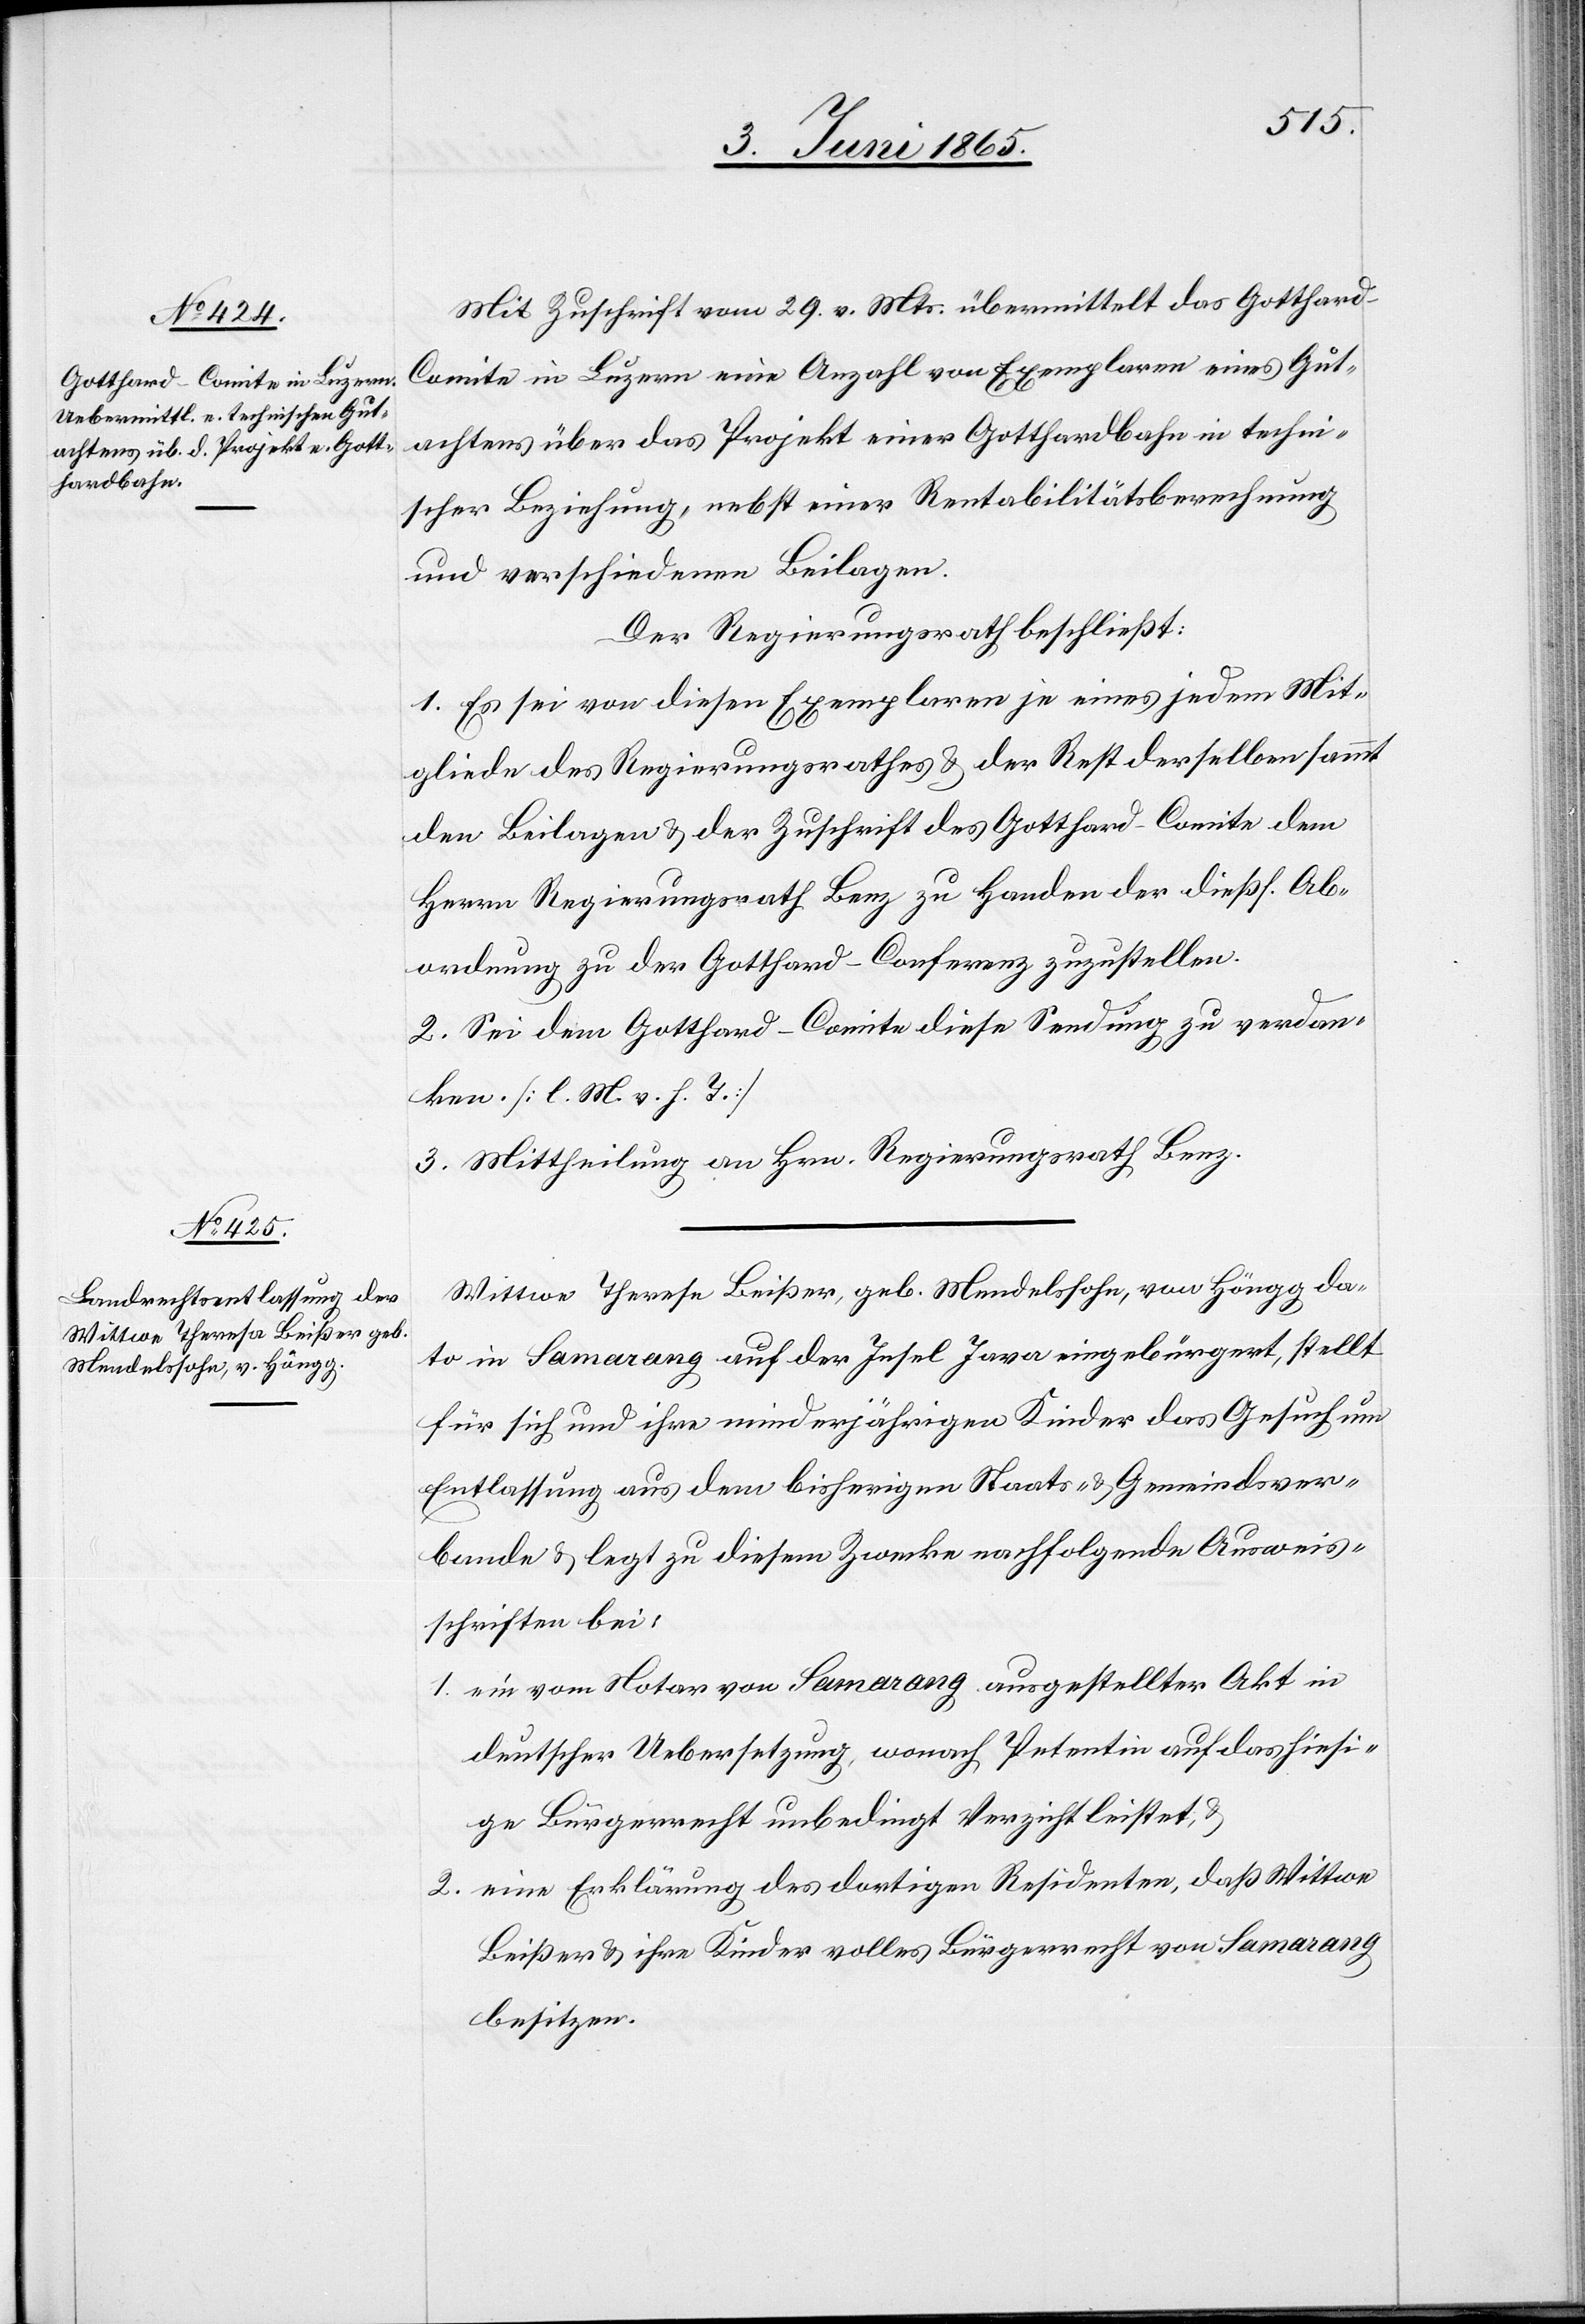
Mit Zuschrift vom 29. v. Mts. übermittelt das Gotthar¬
d-Comite in Luzern eine Anzahl von Exemplaren eines Gut¬
achtens über das Projekt einer Gotthardbahn in techni¬
scher Beziehung, nebst einer Rentabilitätsberechnung
und verschiedenen Beilagen.
Der Regierungsrath beschließt:
1. Es sei von diesen Exemplaren je eines jedem Mit¬
gliede des Regierungsrathes & der Rest derselben sammt
den Beilagen & der Zuschrift des Gotthard-Comite dem
Herrn Regierungsrath Benz zu Handen der dießf. Ab¬
ordnung zu der Gotthard-Conferenz zuzustellen.
2. Sei dem Gotthard-Comite diese Sendung zu verdan¬
ken. [l. M. v. h. T.]
3. Mittheilung an Hrn. Regierungsrath Benz.
Wittwe Theresa Beißer, geb. Mendelssohn, von Höngg da¬
to in Samarang auf der Insel Java eingebürgert, stellt
für sich und ihre minderjährigen Kinder das Gesuch um
Entlassung aus dem bisherigen Staats- & Gemeindsver¬
bande & legt zu diesem Zwecke nachfolgende Ausweis¬
schriften bei:
1. ein vom Notar von Samarang ausgestellter Akt in
deutscher Uebersetzung, wonach Petentin auf das hiesi¬
ge Bürgerrecht unbedingt Verzicht leistet,
eine Erklärung des dortigen Residenten, daß Wittwe
2.
Beißer & ihre Kinder volles Bürgerrecht von Samarang
besitzen.